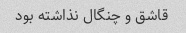
قاشق و چنگال نذاشته بود